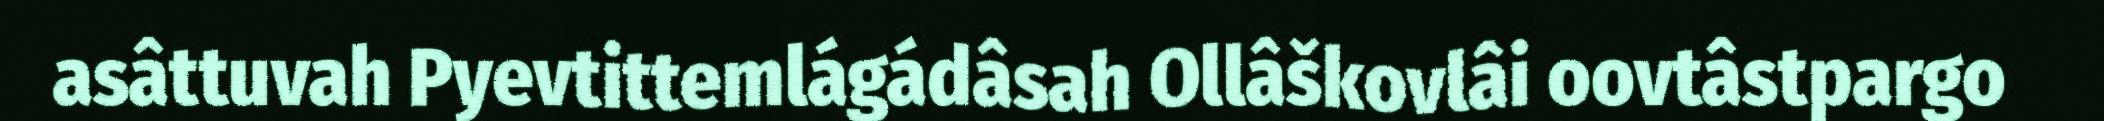
asâttuvah Pyevtittemlágádâsah Ollâškovlâi oovtâstpargo